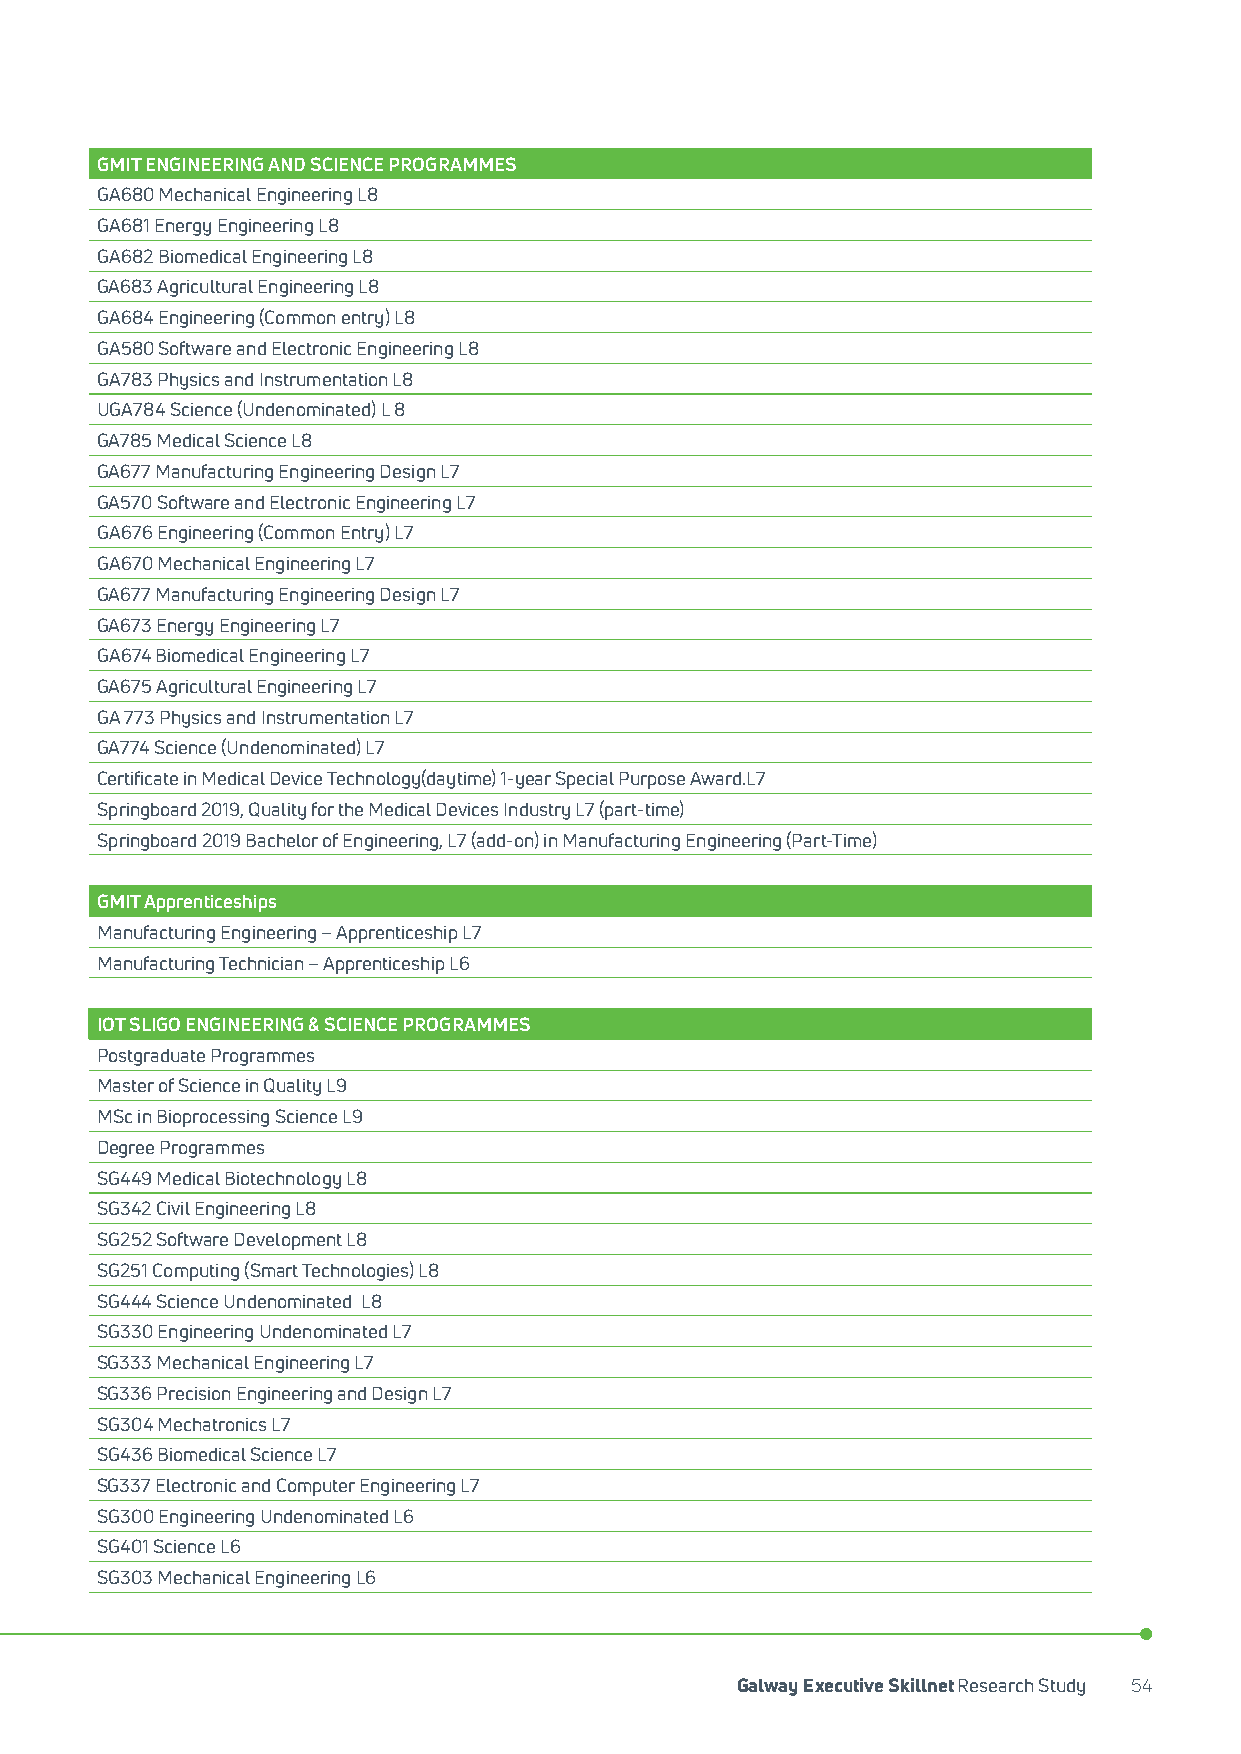
GMIT ENGINEERING AND SCIENCE PROGRAMMES
 GA680 Mechanical Engineering L8
 GA681 Energy Engineering L8
 GA682 Biomedical Engineering L8
 GA683 Agricultural Engineering L8
 GA684 Engineering (Common entry) L8
 GA580 Software and Electronic Engineering L8
 GA783 Physics and Instrumentation L8
 UGA784 Science (Undenominated) L 8
 GA785 Medical Science L8
 GA677 Manufacturing Engineering Design L7
 GA570 Software and Electronic Engineering L7
 GA676 Engineering (Common Entry) L7
 GA670 Mechanical Engineering L7
 GA677 Manufacturing Engineering Design L7
 GA673 Energy Engineering L7
 GA674 Biomedical Engineering L7
 GA675 Agricultural Engineering L7
 GA 773 Physics and Instrumentation L7
 GA774 Science (Undenominated) L7
 Certificate in Medical Device Technology(daytime) 1-year Special Purpose Award.L7
 Springboard 2019, Quality for the Medical Devices Industry L7 (part-time)
 Springboard 2019 Bachelor of Engineering, L7 (add-on) in Manufacturing Engineering (Part-Time)
 GMIT Apprenticeships
 Manufacturing Engineering – Apprenticeship L7
 Manufacturing Technician – Apprenticeship L6
 IOT SLIGO ENGINEERING & SCIENCE PROGRAMMES
 Postgraduate Programmes
 Master of Science in Quality L9
 MSc in Bioprocessing Science L9
 Degree Programmes
 SG449 Medical Biotechnology L8
 SG342 Civil Engineering L8
 SG252 Software Development L8
 SG251 Computing (Smart Technologies) L8
 SG444 Science Undenominated L8
 SG330 Engineering Undenominated L7
 SG333 Mechanical Engineering L7
 SG336 Precision Engineering and Design L7
 SG304 Mechatronics L7
 SG436 Biomedical Science L7
 SG337 Electronic and Computer Engineering L7
 SG300 Engineering Undenominated L6
 SG401 Science L6
 SG303 Mechanical Engineering L6
 Galway Executive Skillnet Research Study 54